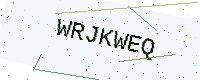
Text: WRJKWEQ